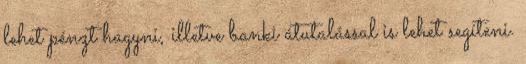
lehet pénzt hagyni, illetve banki átutalással is lehet segíteni.